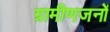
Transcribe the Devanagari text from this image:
ग्रामीणजनों